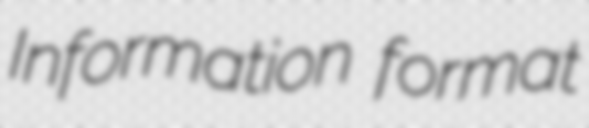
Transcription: Information format